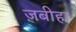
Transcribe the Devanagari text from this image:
ज़बीहा